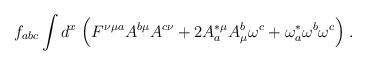
LaTeX: \begin{align*}f_{abc}\int d^x\;\Big(F^{\nu\mu a } A^{b\mu}A^{c\nu}+2A^{*\mu }_aA^b_\mu\omega^c+\omega^*_a\omega^b\omega^c\Big)\;.\end{align*}